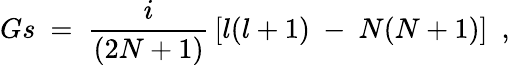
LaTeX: Gs~=~{\frac{i}{(2N+1)}}\left[l(l+1)~-~N(N+1)\right]~~,